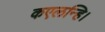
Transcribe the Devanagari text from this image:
कएलन्हि।